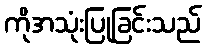
ကိုအသုံးပြုခြင်းသည်